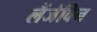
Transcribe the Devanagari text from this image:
लैंजेविन